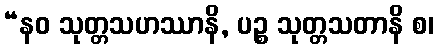
“နဝ သုတ္တသဟဿာနိ, ပဉ္စ သုတ္တသတာနိ စ၊